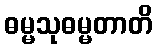
ဓမ္မသုဓမ္မတာတိ